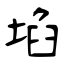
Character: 埳